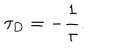
\tau _ { D } = - { \frac { 1 } { \tau } } .